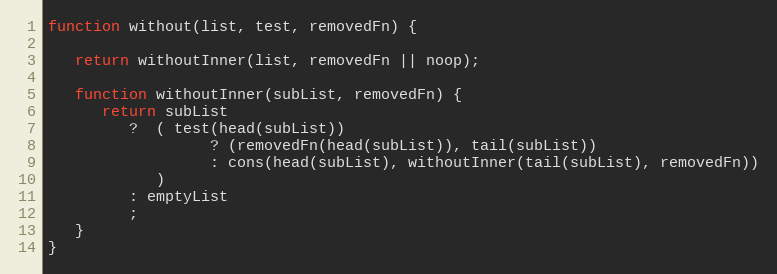
Language: JavaScript
function without(list, test, removedFn) {

   return withoutInner(list, removedFn || noop);

   function withoutInner(subList, removedFn) {
      return subList
         ?  ( test(head(subList))
                  ? (removedFn(head(subList)), tail(subList))
                  : cons(head(subList), withoutInner(tail(subList), removedFn))
            )
         : emptyList
         ;
   }
}